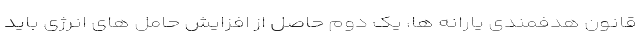
قانون هدفمندی یارانه ها، یک دوم حاصل از افزایش حامل های انرژی باید